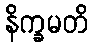
နိက္ခမတိ